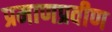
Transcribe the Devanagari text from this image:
प्रमाणप्रवीण